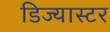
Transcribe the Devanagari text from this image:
डिज्यास्टर